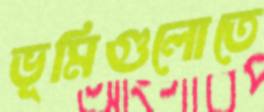
ভূমিগুলোতে